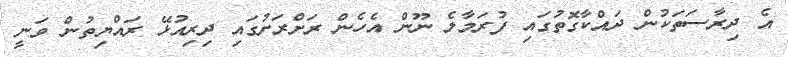
އެ ދިރާސަތަކުން ދައްކާގޮތުގައި ފުރަމާލެ ނޫން އެހެން ރަށްރަށުގައި ދިރިއުޅޭ ރައްޔިތުން ވަނީ